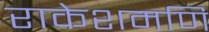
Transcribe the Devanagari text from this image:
राकेशमणि